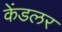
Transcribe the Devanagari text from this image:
केंडलर